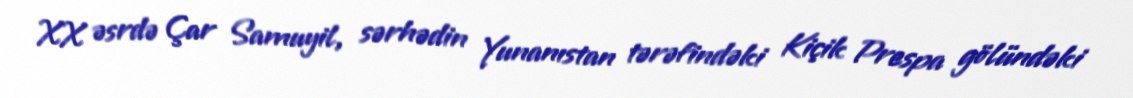
XX əsrdə Çar Samuyil, sərhədin Yunanıstan tərəfindəki Kiçik Prespa gölündəki